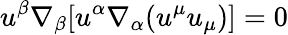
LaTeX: u^{\beta}\nabla_{\beta}[u^{\alpha}\nabla_{\alpha}(u^{\mu}u_{\mu})]=0